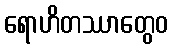
ရောဟိတဿာတွေဝ